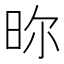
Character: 𣆋